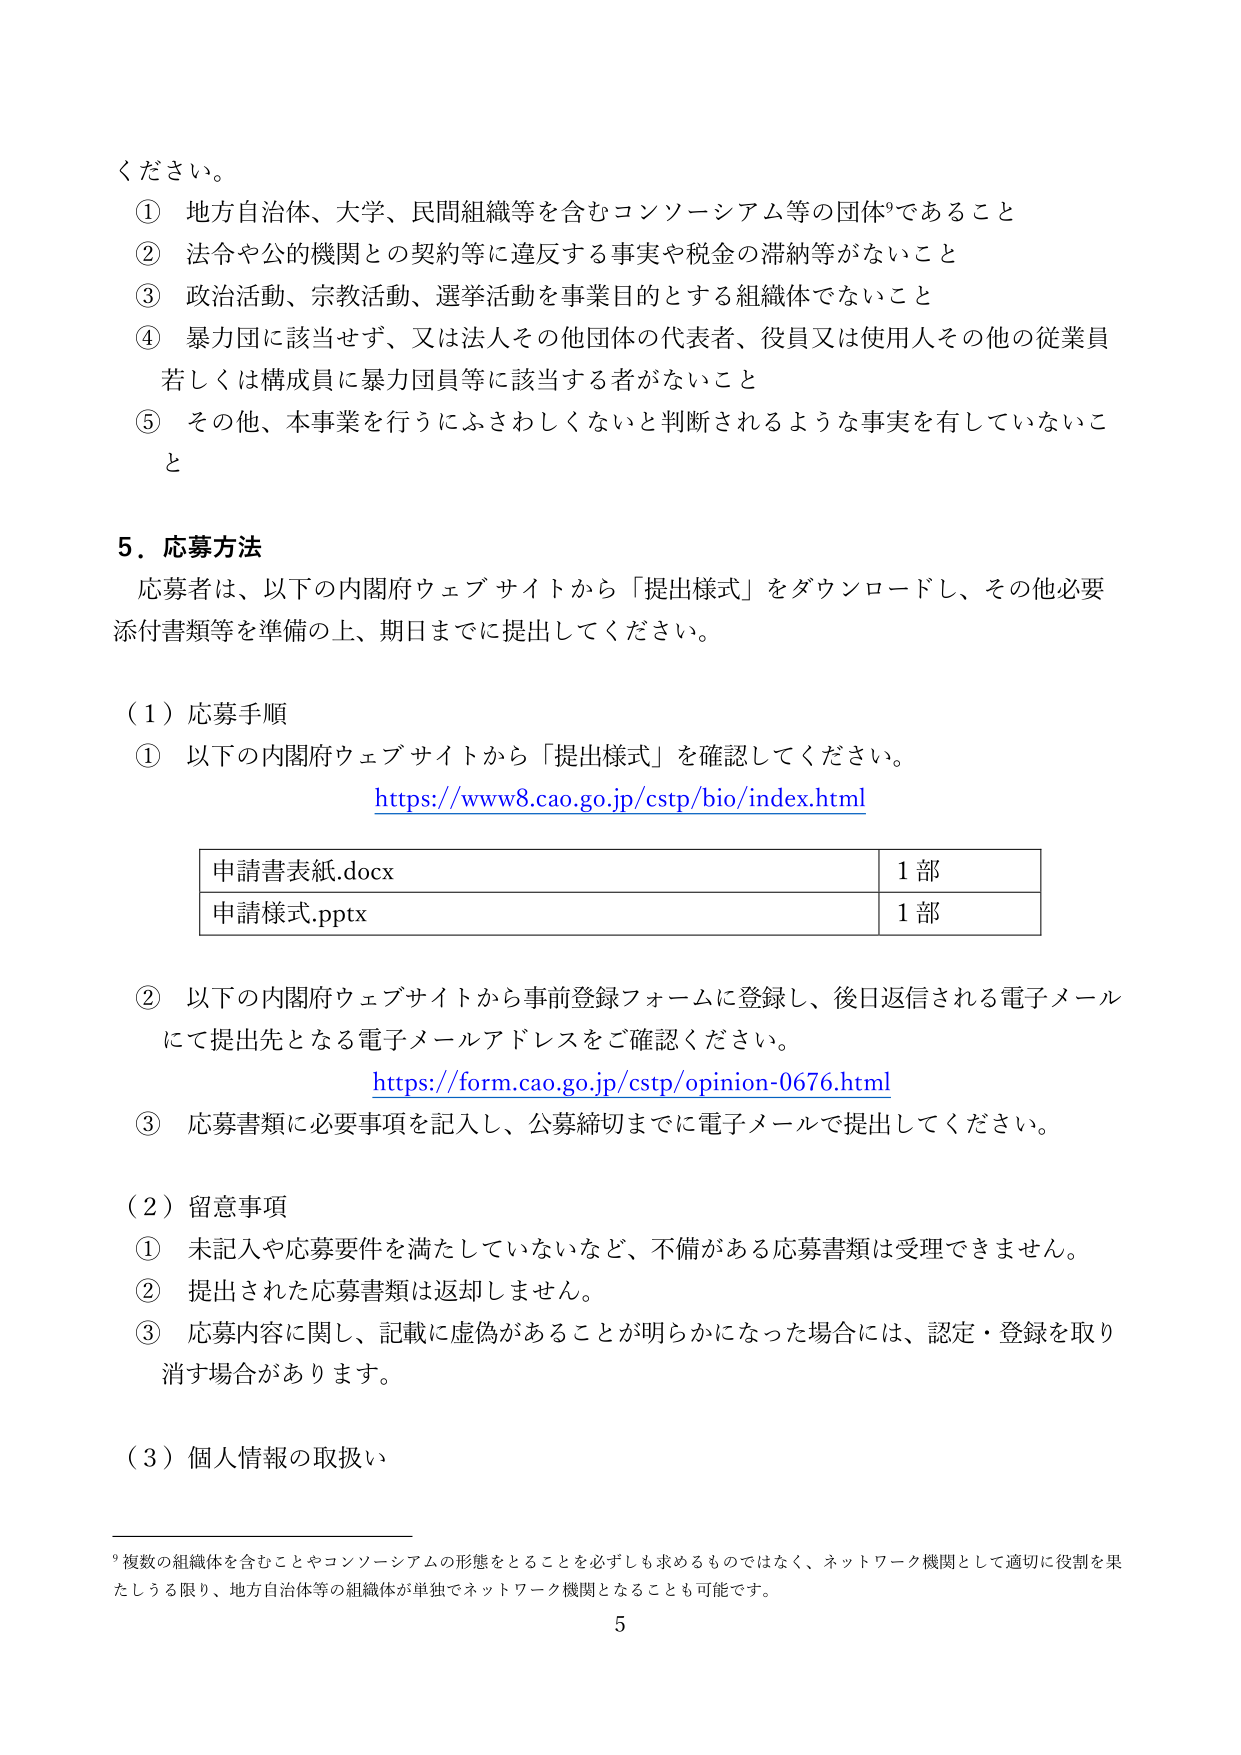
ください。

① 地方自治体、大学、民間組織等を含むコンソーシアム等の団体⁹であること
② 法令や公的機関との契約等に違反する事実や税金の滞納等がないこと
③ 政治活動、宗教活動、選挙活動を事業目的とする組織体でないこと
④ 暴力団に該当せず、又は法人その他団体の代表者、役員又は使用人その他の従業員若しくは構成員に暴力団員等に該当する者がないこと
⑤ その他、本事業を行うにふさわしくないと判断されるような事実を有していないこと

5．応募方法
応募者は、以下の内閣府ウェブサイトから「提出様式」をダウンロードし、その他必要添付書類等を準備の上、期日までに提出してください。

（1）応募手順
① 以下の内閣府ウェブサイトから「提出様式」を確認してください。
https://www8.cao.go.jp/cstp/bio/index.html

申請書表紙.docx　　1部
申請様式.pptx　　1部

② 以下の内閣府ウェブサイトから事前登録フォームに登録し、後日返信される電子メールにて提出先となる電子メールアドレスをご確認ください。
https://form.cao.go.jp/cstp/opinion-0676.html

③ 応募書類に必要事項を記入し、公募締切までに電子メールで提出してください。

（2）留意事項
① 未記入や応募要件を満たしていないなど、不備がある応募書類は受理できません。
② 提出された応募書類は返却しません。
③ 応募内容に関し、記載に虚偽があることが明らかになった場合には、認定・登録を取り消す場合があります。

（3）個人情報の取扱い

⁹複数の組織体を含むことやコンソーシアムの形態をとることを必ずしも求めるものではなく、ネットワーク機関として適切に役割を果たしうる限り、地方自治体等の組織体が単独でネットワーク機関となることも可能です。
5